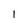
Character: 1